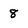
Character: 8